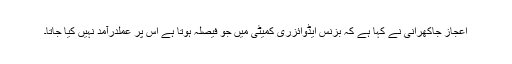
اعجاز جاکھرانی نے کہا ہے کہ بزنس ایڈوائزری کمیٹی میں جو فیصلہ ہوتا ہے اس پر عملدرآمد نہیں کیا جاتا۔